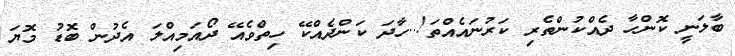
ބާލަނީ ކޮންހާ ދެއްކުންތެރި ކަރުނައެއްތަ!..ހާދަ ކަންދެއްކޭ ހިތްވެއޭ ދޯއަމިއްލަ އެދުން ބޮޑު މޮޔަ